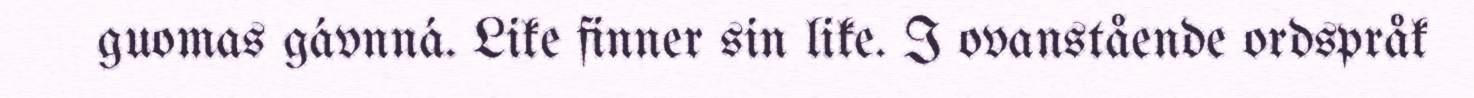
guomas gávnná. Like finner sin like. I ovanstående ordspråk